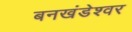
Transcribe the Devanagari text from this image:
बनखंडेश्वर